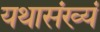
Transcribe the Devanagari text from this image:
यथासंख्यं